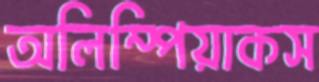
অলিম্পিয়াকস